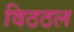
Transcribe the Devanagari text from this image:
विठठल